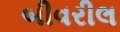
બીવરીલ